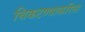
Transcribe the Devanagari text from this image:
चिकटण्याकरिता